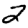
Digit: 2